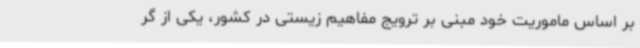
بر اساس ماموریت خود مبنی بر ترویج مفاهیم زیستی در کشور، یکی از گر